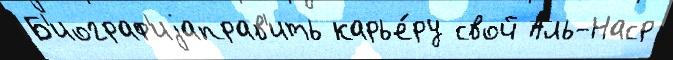
Б'иограф'иjаправ'ить карье́ру свой Аль-Наср